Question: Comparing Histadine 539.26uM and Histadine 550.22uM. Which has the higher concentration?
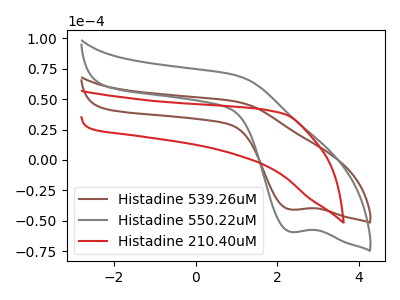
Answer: <think>The brown curve "Histadine 539.26uM" has a cathodic peak at: (2.35V, -40.90uA). The gray curve "Histadine 550.22uM" has a cathodic peak at: (2.35V, -59.25uA). The red curve "Histadine 210.40uM" has no peaks.
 All the peaks in "Histadine 539.26uM" have a peak in "Histadine 550.22uM" at the same potential. Every peak in "Histadine 539.26uM" is lower than every peak in "Histadine 550.22uM".</think>
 <answer>"Histadine 539.26uM" has less signal than "Histadine 550.22uM" and so likely has a lower concentration.</answer>
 <eval>less_concentration</eval>